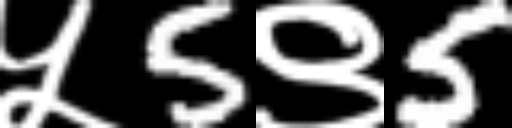
Text: ५5९5